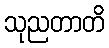
သုညတာတိ